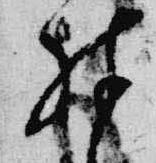
殊